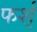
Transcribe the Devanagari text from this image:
फर्श्